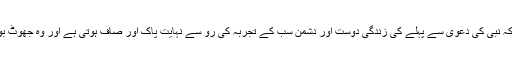
اس واقعہ سے ثابت ہوتا ہے کہ نبی کی دعویٰ سے پہلے کی زندگی دوست اور دشمن سب کے تجربہ کی رو سے نہایت پاک اور صاف ہوتی ہے اور وہ جھوٹ بولنے کا قطعاً عادی نہیں ہوتا۔